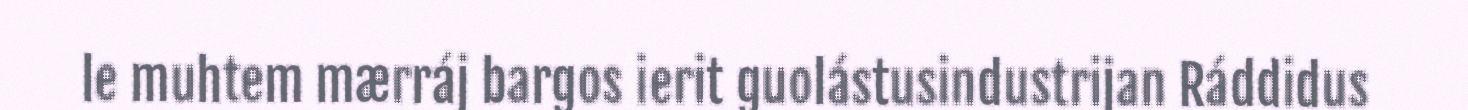
le muhtem mærráj bargos ierit guolástusindustrijan Ráddidus